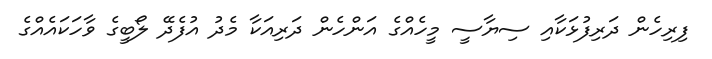
ފިރިހެން ދަރިފުޅަކާއި ސިޔާސީ މީހެއްގެ އަންހެން ދަރިއަކާ މެދު އުފެދޭ ލޯބީގެ ވާހަކައެއްގެ